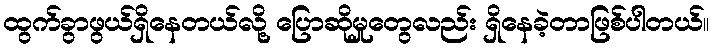
ထွက်ခွာဖွယ်ရှိနေတယ်လို့ ပြောဆိုမှုတွေလည်း ရှိနေခဲ့တာဖြစ်ပါတယ်။